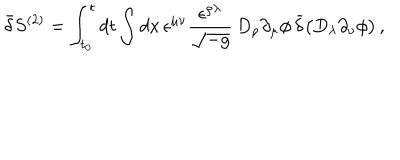
\bar { \delta } S ^ { ( 2 ) } = \int _ { t _ { 0 } } ^ { t } d t \int d x \, \epsilon ^ { \mu \nu } \frac { \epsilon ^ { \rho \lambda } } { \sqrt { - g } } \, D _ { \rho } \partial _ { \mu } \phi \, \bar { \delta } \bigl ( D _ { \lambda } \partial _ { \nu } \phi \bigr ) \, ,